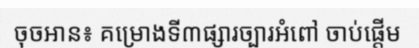
ចុចអាន៖ គម្រោងទី៣ផ្សារច្បារអំពៅ ចាប់ផ្តើម